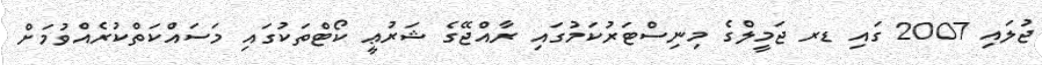
ޖުލައި 2007 ގައި ޑރ ޖަމީލްގެ މިނިސްޓަރުކަމުގައި ރާއްޖޭގެ ޝަރުޢީ ކޯޓްތަކުގައި މަސައްކަތްކުރެއްވުމަށް